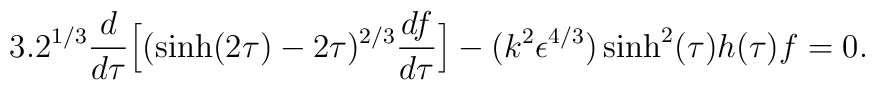
3.2^{1/3} \frac {d}{d \tau} \Big[ (\sinh (2 \tau) - 2 \tau)^{2/3} \frac {df}{d \tau} \Big] - (k^2 \epsilon^{4/3}) \sinh^2 (\tau) h(\tau) f = 0.